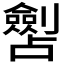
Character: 𱐧